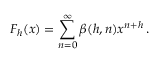
F _ { h } ( x ) = \sum _ { n = 0 } ^ { \infty } \beta ( h , n ) x ^ { n + h } \, .